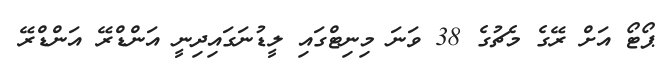
ޕޯޓޯ އަށް ރޭގެ މެޗުގެ 38 ވަނަ މިނިޓްގައި ލީޑުނަގައިދިނީ އަންޑްރޭ އަންޑްރޭ